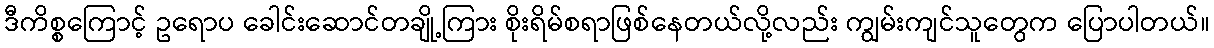
ဒီကိစ္စကြောင့် ဥရောပ ခေါင်းဆောင်တချို့ကြား စိုးရိမ်စရာဖြစ်နေတယ်လို့လည်း ကျွမ်းကျင်သူတွေက ပြောပါတယ်။